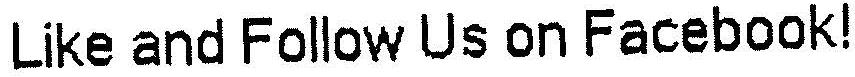
LIKE AND FOLLOW US ON FACEBOOK!